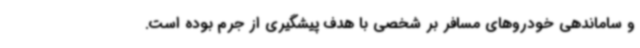
و ساماندهی خودروهای مسافر بر شخصی با هدف پیشگیری از جرم بوده است.